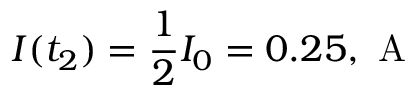
I ( t _ { 2 } ) = \frac { 1 } { 2 } I _ { 0 } = 0 . 2 5 , \mathrm { ~ A ~ }